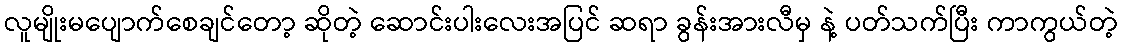
လူမျိုးမပျောက်စေချင်တော့ ဆိုတဲ့ ဆောင်းပါးလေးအပြင် ဆရာ ခွန်းအားလီမှ နဲ့ ပတ်သက်ပြီး ကာကွယ်တဲ့